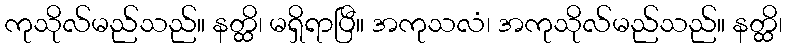
ကုသိုလ်မည်သည်။ နတ္ထိ၊ မရှိရာပြီ။ အကုသလံ၊ အကုသိုလ်မည်သည်။ နတ္ထိ၊